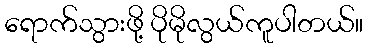
ရောက်သွားဖို့ ပိုမိုလွယ်ကူပါတယ်။